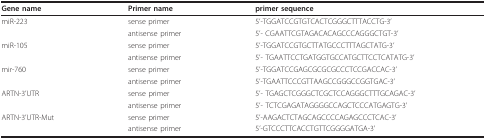
<table><thead><tr><td><b>Gene name</b></td><td><b>Primer name</b></td><td><b>primer sequence</b></td></tr></thead><tbody><tr><td>miR-223</td><td>sense primer</td><td>5&#x27;-TGGATCCGTGTCACTCGGGCTTTACCTG-3&#x27;</td></tr><tr><td></td><td>antisense primer</td><td>5&#x27;- CGAATTCGTAGACACAGCCCAGGGCTGT-3&#x27;</td></tr><tr><td>miR-105</td><td>sense primer</td><td>5&#x27;-TGGATCCGTGCTTATGCCCTTTAGCTATG-3&#x27;</td></tr><tr><td></td><td>antisense primer</td><td>5&#x27;- TGAATTCCTGATGGTGCCATGCTTCCTCATATG-3&#x27;</td></tr><tr><td>mir-760</td><td>sense primer</td><td>5&#x27;-TGGATCCGAGCGCGCGCCCTCCGACCAC-3&#x27;</td></tr><tr><td></td><td>antisense primer</td><td>5&#x27;-TGAATTCCCGTTAAGCCGGGCCGGTGAC-3&#x27;</td></tr><tr><td>ARTN-3&#x27;UTR</td><td>sense primer</td><td>5&#x27;- TGAGCTCGGGCTCGCTCCAGGGCTTTGCAGAC-3&#x27;</td></tr><tr><td></td><td>antisense primer</td><td>5&#x27;- TCTCGAGATAGGGGCCAGCTCCCATGAGTG-3&#x27;</td></tr><tr><td>ARTN-3&#x27;UTR-Mut</td><td>sense primer</td><td>5&#x27;-AAGACTCTAGCAGCCCCAGAGCCCTCAC-3&#x27;</td></tr><tr><td></td><td>antisense primer</td><td>5&#x27;-GTCCCTTCACCTGTTCGGGGATGA-3&#x27;</td></tr></tbody></table>